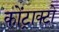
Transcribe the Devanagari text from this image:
कोंट्राक्टो